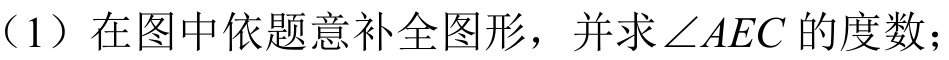
（1）在图中依题意补全图形，并求$\angle AEC$的度数；